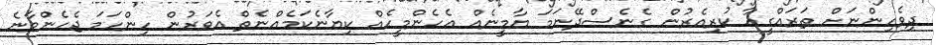
ދިވެހިންނަށް ތަރައްގީއާ ކުރިއެރުން ގެނެސްދޭނަމަ ޔާމީނެއް އެހެންމީހެއް ކިޔާނެކަމެއްނެތް އެވަރުން ހިންހަމަ ޖެހެންވާނެ